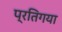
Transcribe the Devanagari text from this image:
प्रतिगया